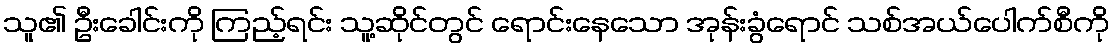
သူ၏ ဦးခေါင်းကို ကြည့်ရင်း သူ့ဆိုင်တွင် ရောင်းနေသော အုန်းခွံရောင် သစ်အယ်ပေါက်စီကို